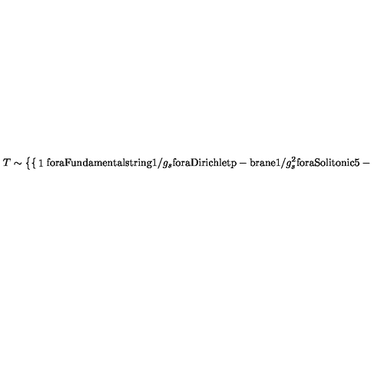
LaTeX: T \sim \left\{ \begin{cases} { 1 } & { \mathrm { f o r a F u n d a m e n t a l s t r i n g } } \\ { 1 / g _ { s } } & { \mathrm { f o r a D i r i c h l e t p - b r a n e } } \\ { 1 / g _ { s } ^ { 2 } } & { \mathrm { f o r a S o l i t o n i c 5 - b r a n e } \ . } \\ \end{cases} \right.